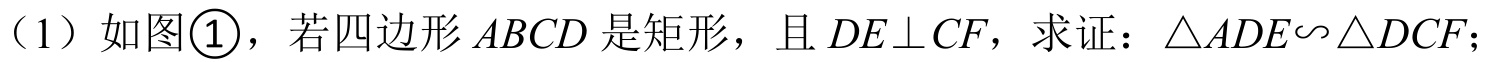
（1）如图\textcircled{1}，若四边形\(ABCD\)是矩形，且\(DE\perp CF\)，求证：\(\triangle ADE\sim\triangle DCF\)；